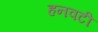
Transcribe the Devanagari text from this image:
हनवटी